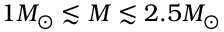
1 M _ { \odot } \lesssim M \lesssim 2 . 5 M _ { \odot }